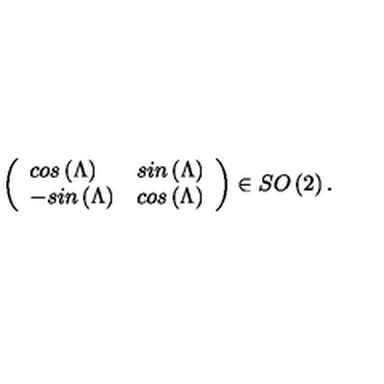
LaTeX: \left( \begin{array} { l l } { c o s \left( \Lambda \right) } & { s i n \left( \Lambda \right) } \\ { - s i n \left( \Lambda \right) } & { c o s \left( \Lambda \right) } \\ \end{array} \right) \in S O \left( 2 \right) .